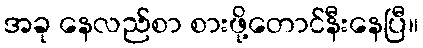
အခု နေလည်စာ စားဖို့တောင်နီးနေပြီ။